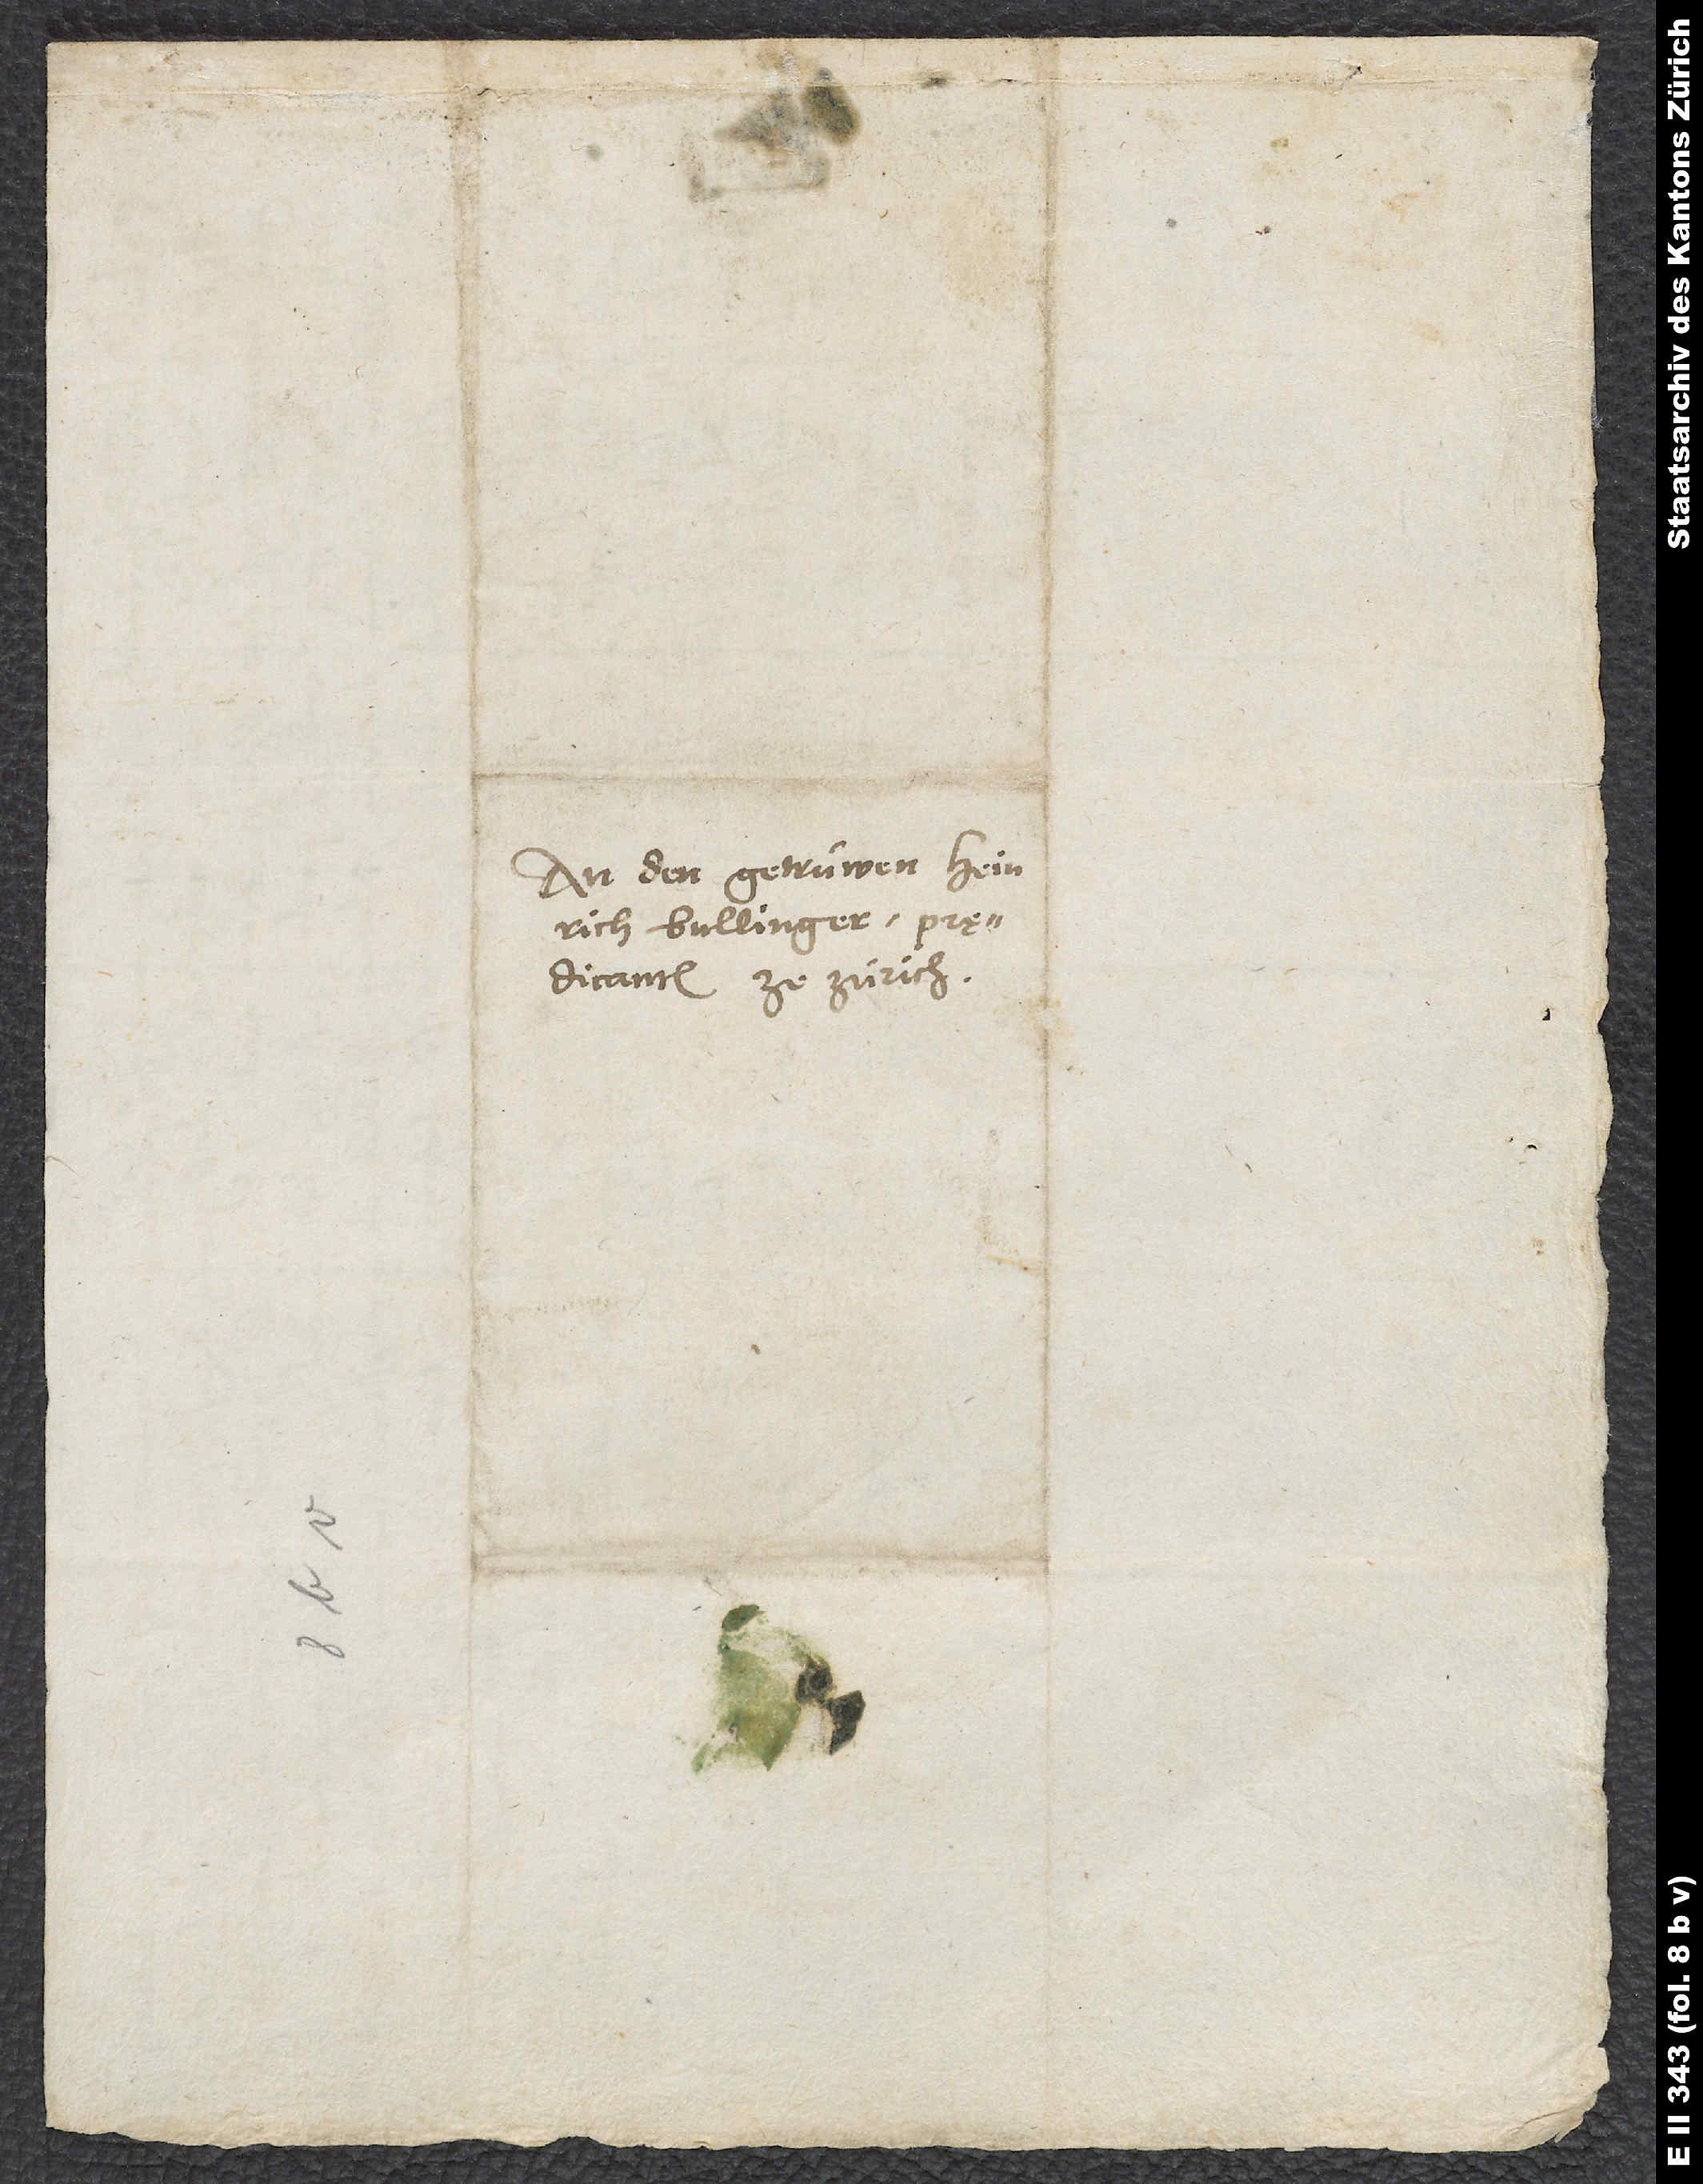
Bullinger, prędicanten
ze Zürich.